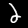
Label: 2